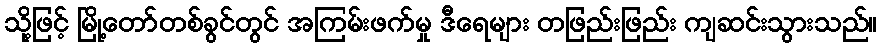
သို့ဖြင့် မြို့တော်တစ်ခွင်တွင် အကြမ်းဖက်မှု ဒီရေများ တဖြည်းဖြည်း ကျဆင်းသွားသည်။